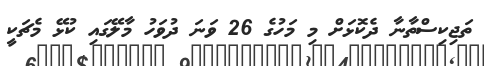
ތަޖިކިސްތާނާ ދެކޮޅަށް މި މަހުގެ 26 ވަނަ ދުވަހު މާލޭގައި ކުޅޭ މެޗަކީ